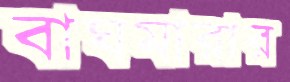
বাঘমারার